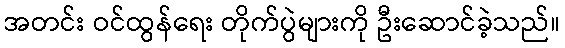
အတင်း ဝင်ထွန်ရေး တိုက်ပွဲများကို ဦးဆောင်ခဲ့သည်။